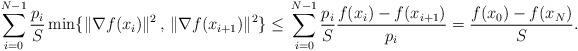
LaTeX: \begin{align*} \sum_{i=0}^{N-1} \frac{p_i}{S}\min\{\|\nabla f(x_i)\|^2 \,,\, \|\nabla f(x_{i+1})\|^2\} {}\leq {} \sum_{i=0}^{N-1} \frac{p_i}{S}\frac{f(x_i)-f(x_{i+1})}{p_i} {} = {} \frac{f(x_0)-f(x_{N})}{S}.\end{align*}